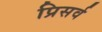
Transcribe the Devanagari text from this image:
प्रिसर्व